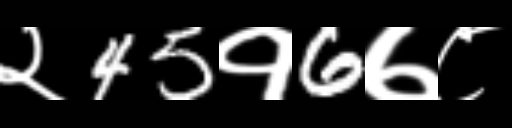
Text: २45१6७८